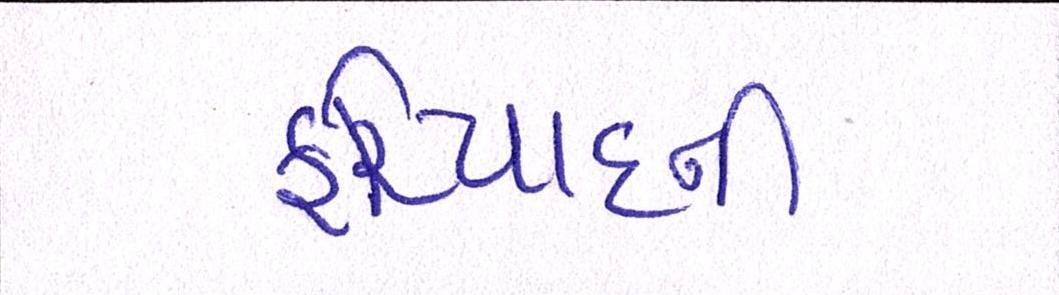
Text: ફરિયાદની